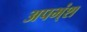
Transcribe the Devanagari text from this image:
अपभ्ंश